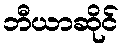
ဘီယာဆိုင်